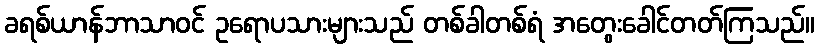
ခရစ်ယာန်ဘာသာဝင် ဥရောပသားများသည် တစ်ခါတစ်ရံ အတွေးခေါင်တတ်ကြသည်။